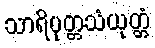
သာရိပုတ္တသံယုတ္တံ